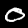
Label: 0